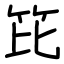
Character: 笓